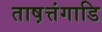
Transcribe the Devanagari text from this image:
ताष़त्तंगाडि